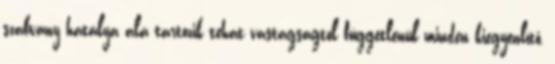
szabvány hatálya alá tartozik tehát vastagságtól függetlenül minden kiegyenlítő,